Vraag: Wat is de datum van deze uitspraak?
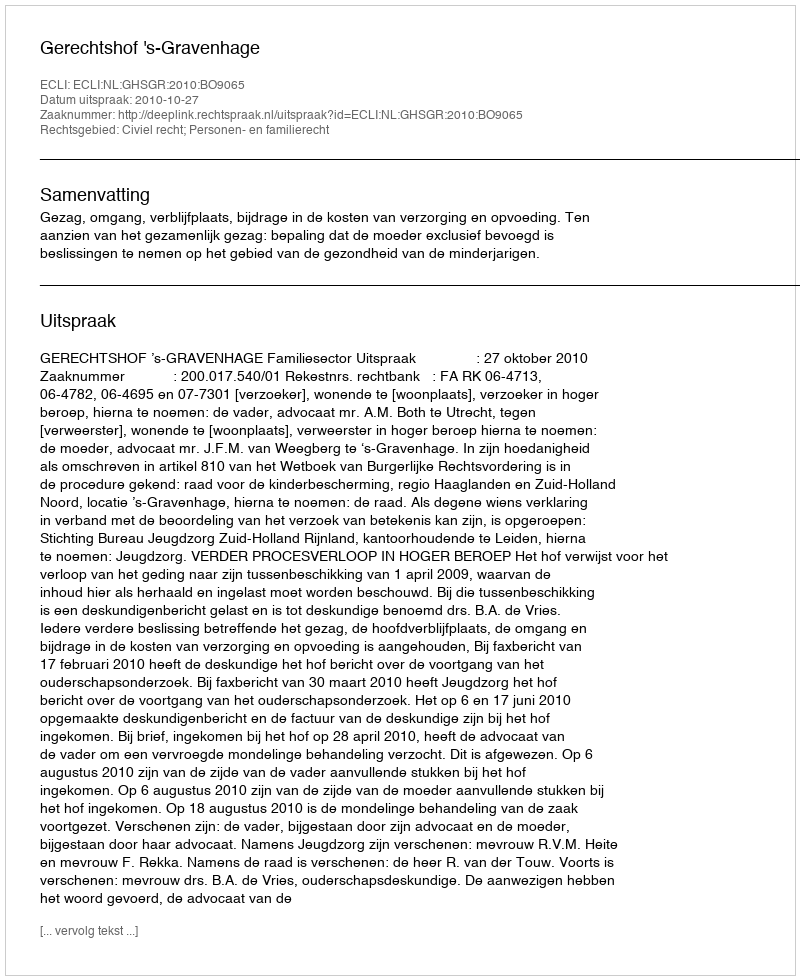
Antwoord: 2010-10-27